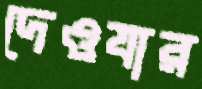
দেওযার